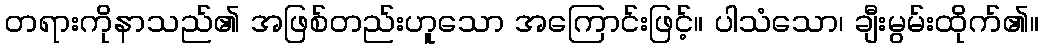
တရားကိုနာသည်၏ အဖြစ်တည်းဟူသော အကြောင်းဖြင့်။ ပါသံသော၊ ချီးမွမ်းထိုက်၏။